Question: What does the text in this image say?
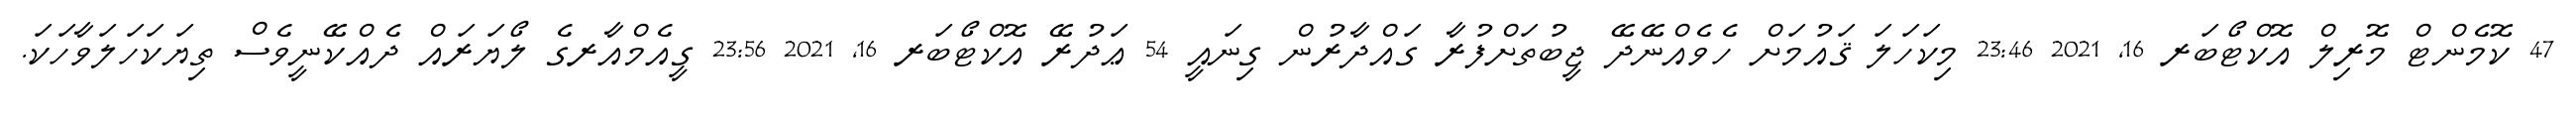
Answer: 47 ކޮމެންޓް މޮރިލް އޮކްޓޯބަރ 16, 2021 23:46 މިކަހަލަ ޤައުމަށް ހެވެއްނޭދޭ ޖީބުތަށްފުރާ ގައްދާރުން ގިނައީ 54 ޢަދުރޭ އޮކްޓޯބަރ 16, 2021 23:56 ގީއެމްއާރގެ ލޯޔަރައް ދެއްކޭނީވެސް ތިޔަކަހަލަވާހަކަ.